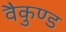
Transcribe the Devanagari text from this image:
वैकुण्ड